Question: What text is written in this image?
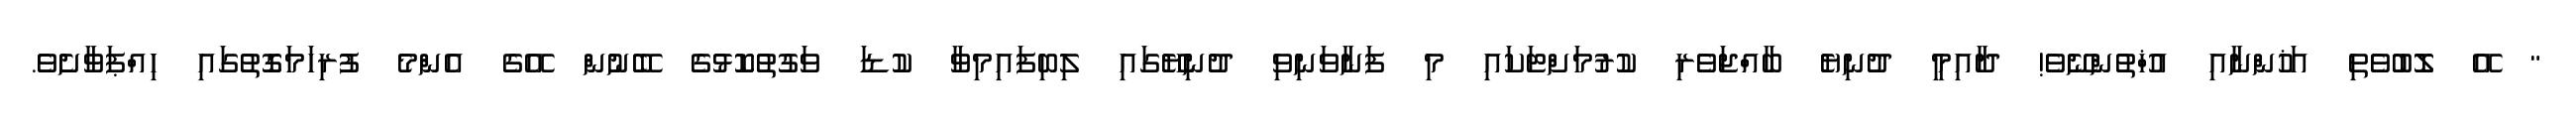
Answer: " އޭ ލޮބުވެތި އަޚުންނާއި އުޚްތުންނޭވެ! ދާއިމީ ދުނިޔެ ބާއްޖަވެރި ކުރުމަށްޓަކައި މި ފަނާވަނިވި ދުނިޔޭގައި ލިބިފައިމިވާ ކުޑަ ވަގުތުކޮޅުގެ ބޭނުން އޭގެ އެންމެ ފުރިހަމަގޮތުގައި ހިއްޕަވާށެވެ.